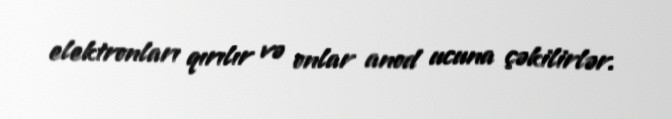
elektronları qırılır və onlar anod ucuna çəkilirlər.